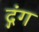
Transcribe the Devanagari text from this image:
द्गंग